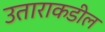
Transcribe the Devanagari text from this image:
उताराकडील